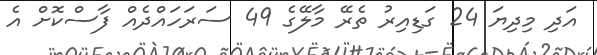
އަދި މިދިޔަ 24 ގަޑިއިރު ތެރޭ މާލޭގެ 49 ސަރަހައްދެއް ފާސްކޮށް އެ